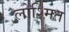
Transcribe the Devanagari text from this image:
लोश्मित